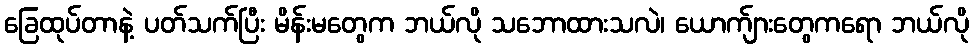
ခြေထုပ်တာနဲ့ ပတ်သက်ပြီး မိန်းမတွေက ဘယ်လို သဘောထားသလဲ၊ ယောက်ျားတွေကရော ဘယ်လို